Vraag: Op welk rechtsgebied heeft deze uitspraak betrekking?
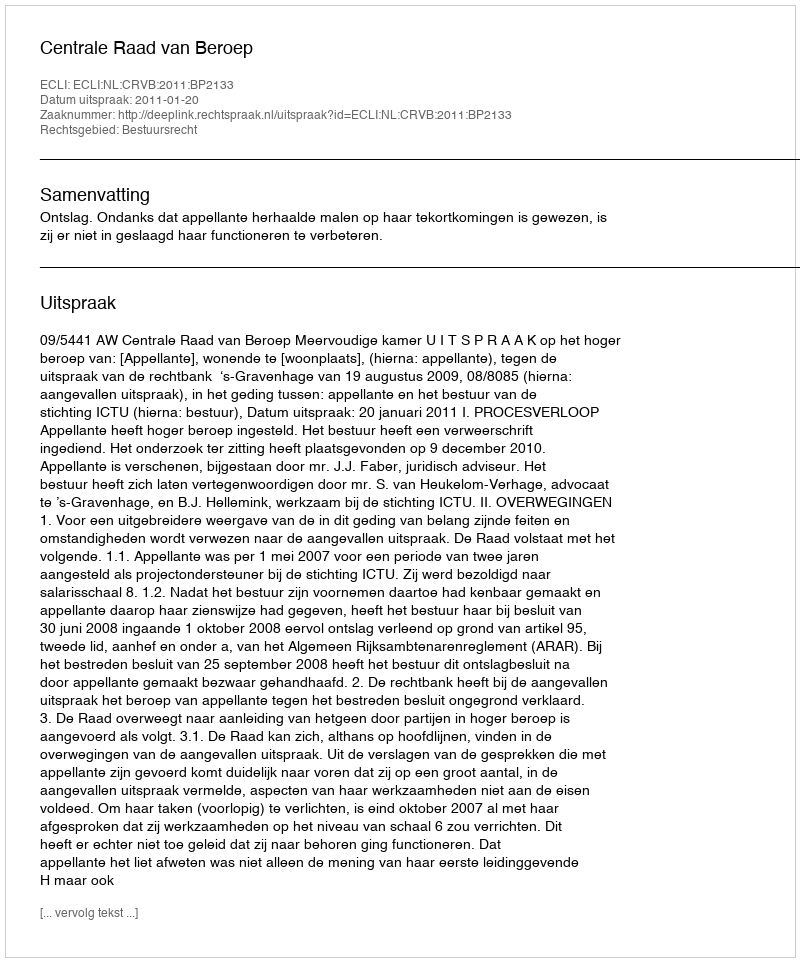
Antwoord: Bestuursrecht